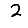
Digit: 2